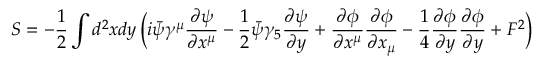
S = - \frac { 1 } { 2 } \int d ^ { 2 } x d y \, \Bigl ( i \bar { \psi } \gamma ^ { \mu } \frac { \partial \psi } { \partial x ^ { \mu } } - \frac { 1 } { 2 } \bar { \psi } \gamma _ { 5 } \frac { \partial \psi } { \partial y } + \frac { \partial \phi } { \partial x ^ { \mu } } \frac { \partial \phi } { \partial x _ { \mu } } - \frac { 1 } { 4 } \frac { \partial \phi } { \partial y } \frac { \partial \phi } { \partial y } + F ^ { 2 } \Bigr )